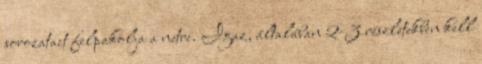
sorozatait felpakolja a netre. Igaz, általában 2-3 részletekben kell